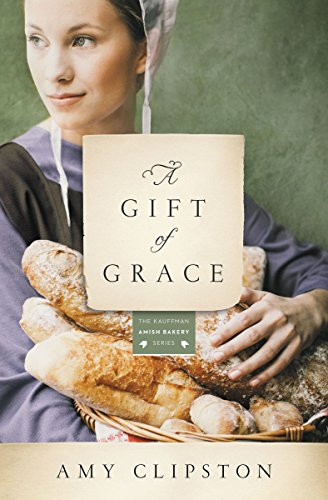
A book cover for A Gift of Grace: A Novel (Kauffman Amish Bakery Series); Amy Clipston; Romance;